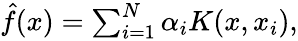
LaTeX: \begin{array}{r}{\hat{f}(x)=\sum_{i=1}^{N}\alpha_{i}K(x,x_{i}),}\end{array}